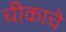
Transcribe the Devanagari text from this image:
चीकाचे